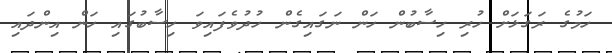
ހަމުގެ ރަގަޅަށް ހުރި ހިސާބުން ހަން ނަގައިގެން ހުދުވެފައިވަ ހިސާބުގައި ހަން އިންދައި